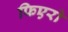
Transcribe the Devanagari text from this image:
फिएरो